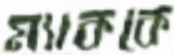
ম্যাককে